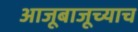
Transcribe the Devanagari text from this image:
आजूबाजूच्याच